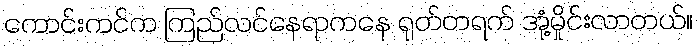
ကောင်းကင်က ကြည်လင်နေရာကနေ ရုတ်တရက် အုံ့မှိုင်းလာတယ်။